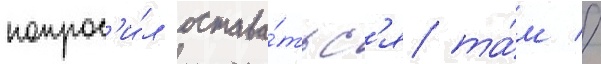
попрос'и́л остава́тьс'я та́м //